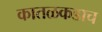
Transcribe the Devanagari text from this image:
कातळकडाच